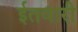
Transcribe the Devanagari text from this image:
ईतवारी